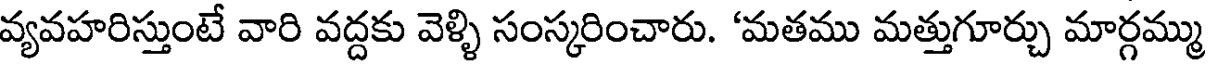
వ్యవహరిస్తుంటే వారి వద్దకు వెళ్ళి సంస్కరించారు. 'మతము మత్తుగూర్చు మార్గమ్ము